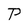
Character: P